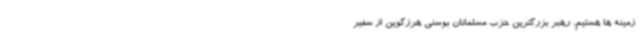
زمینه ها هستیم. رهبر بزرگترین حزب مسلمانان بوسنی هرزگوین از سفیر